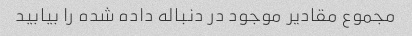
مجموع مقادیر موجود در دنباله داده شده را بیابید